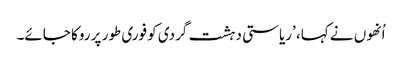
اُنھوں نے کہا، ’ریاستی دہشت گردی کو فوری طور پر روکا جائے۔